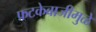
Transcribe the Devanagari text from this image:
फटकेबाजीमुळे